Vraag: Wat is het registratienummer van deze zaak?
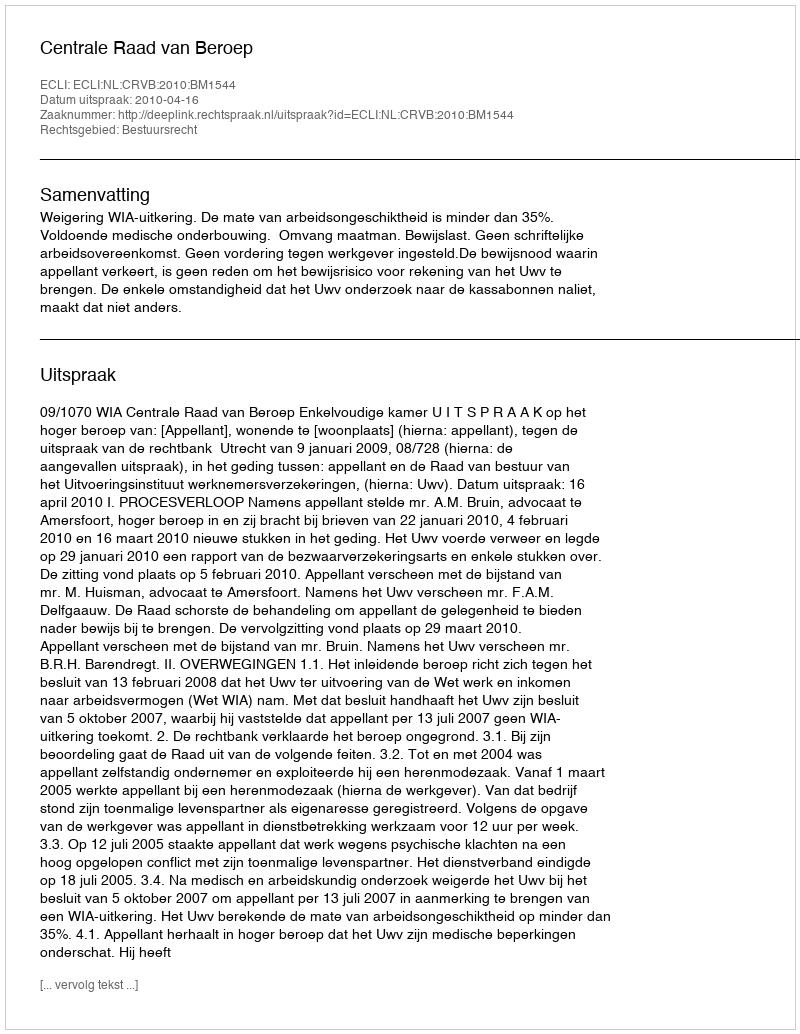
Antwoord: http://deeplink.rechtspraak.nl/uitspraak?id=ECLI:NL:CRVB:2010:BM1544